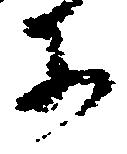
等